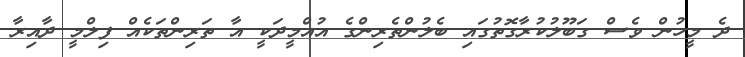
ދެ މީހުން ވެސް ގަބޫލުކުރާގޮތުގައި ބެލުންތެރިންގެ އުއްމީދަކީ އާ ތަރިންތަކެއް ފިލްމީ ދާއިރާ